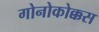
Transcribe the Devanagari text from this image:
गोनोकोक्कस